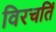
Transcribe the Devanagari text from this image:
विरचतिं